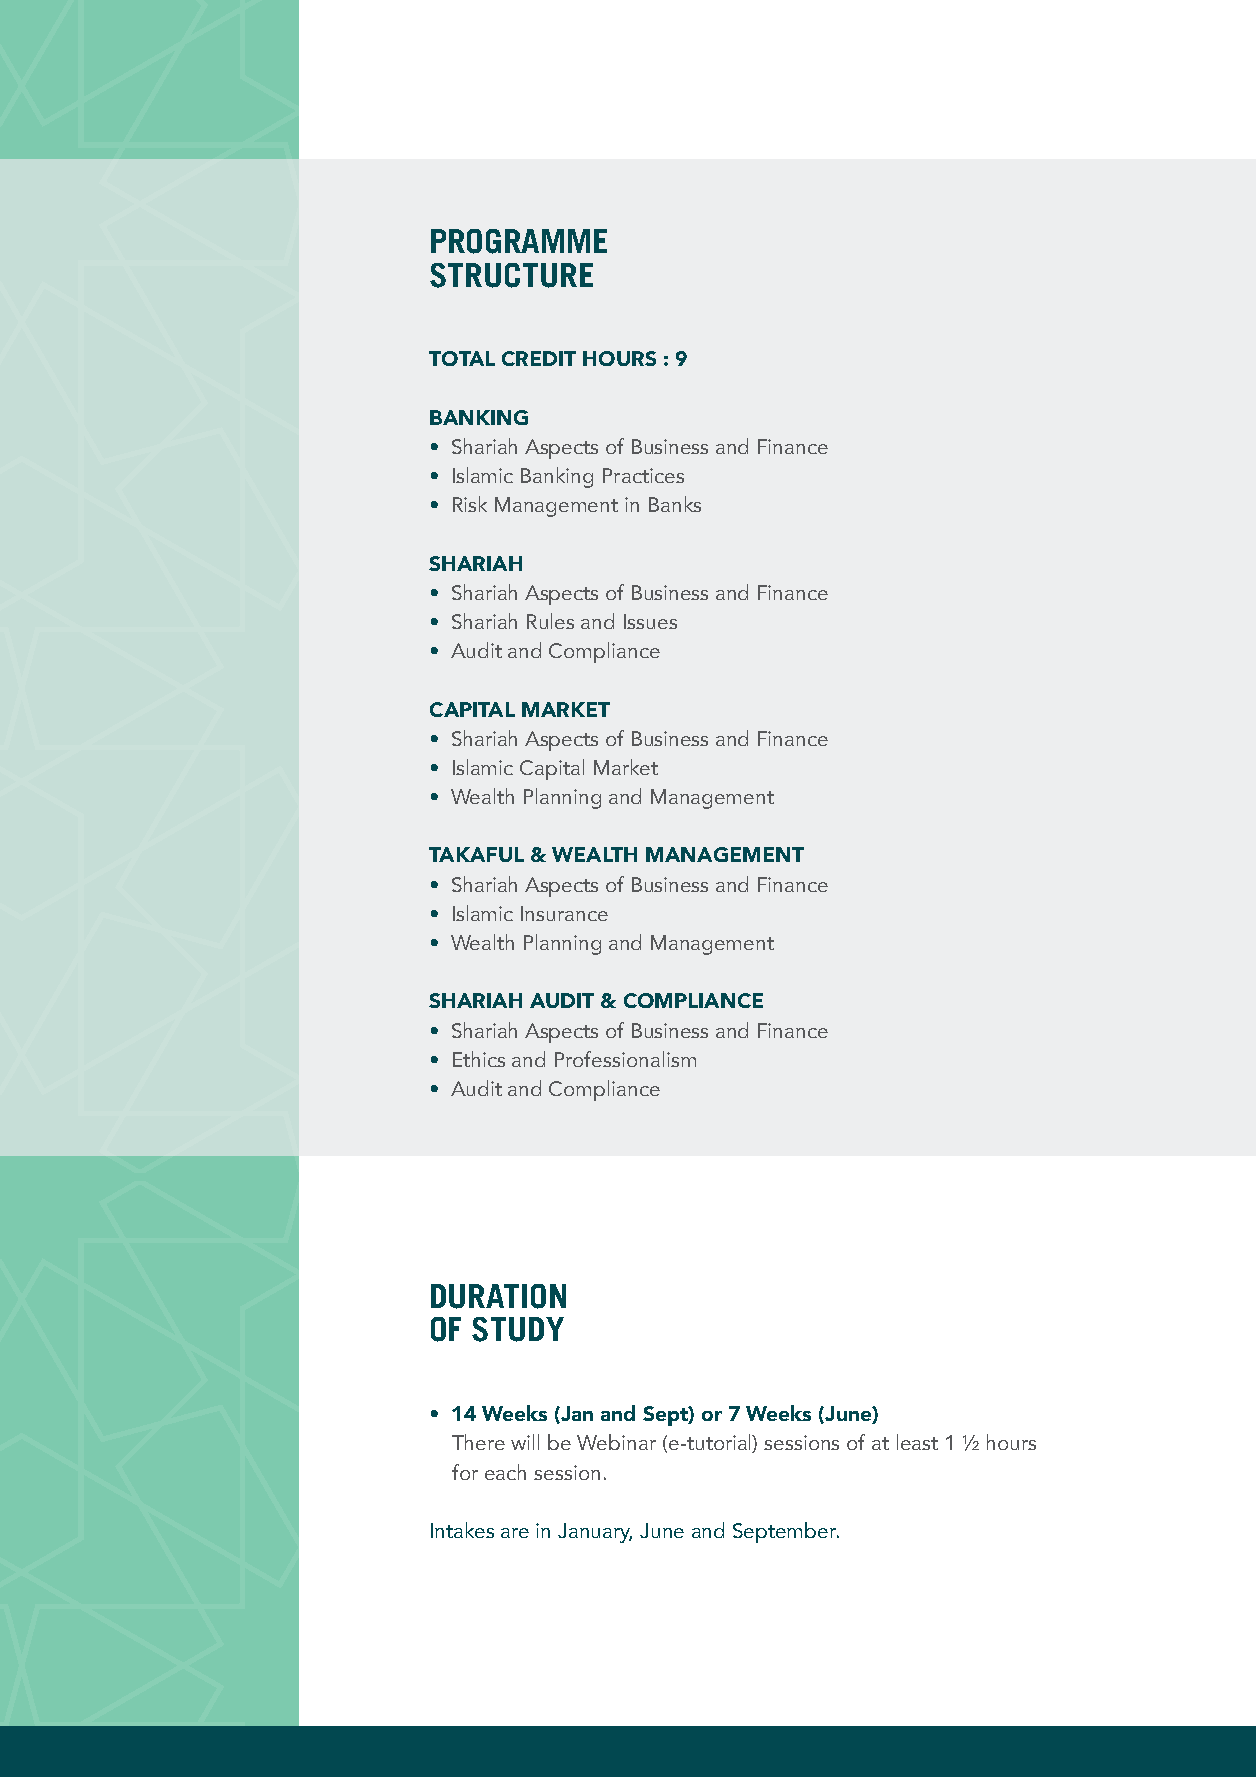
PROGRAMME
 STRUCTURE
 TOTAL CREDIT HOURS : 9
 BANKING
 • Shariah Aspects of Business and Finance
 • Islamic Banking Practices
 • Risk Management in Banks
 SHARIAH
 • Shariah Aspects of Business and Finance
 • Shariah Rules and Issues
 • Audit and Compliance
 CAPITAL MARKET
 • Shariah Aspects of Business and Finance
 • Islamic Capital Market
 • Wealth Planning and Management
 TAKAFUL & WEALTH MANAGEMENT
 • Shariah Aspects of Business and Finance
 • Islamic Insurance
 • Wealth Planning and Management
 SHARIAH AUDIT & COMPLIANCE
 • Shariah Aspects of Business and Finance
 • Ethics and Professionalism
 • Audit and Compliance
 DURATION
 OF STUDY
 • 14 Weeks (Jan and Sept) or 7 Weeks (June)
 There will be Webinar (e-tutorial) sessions of at least 1 ½ hours
 for each session.
 Intakes are in January, June and September.